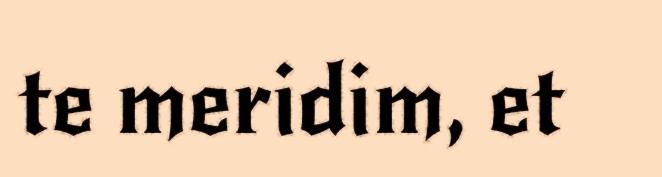
te meridim, et